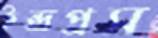
ইন্দ্রপ্রস